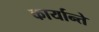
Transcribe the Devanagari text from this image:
कार्यान्ते